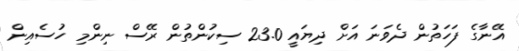
އޭނާގެ ފަހަތުން ދެވަނަ އަށް ދިޔައީ 23.0 ސިކުންތުން ރޭސް ނިންމި ހުސެއިން